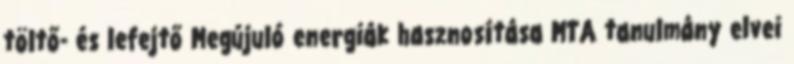
töltő- és lefejtő Megújuló energiák hasznosítása MTA tanulmány elvei